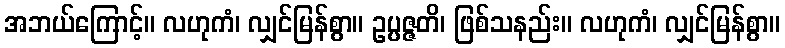
အဘယ်ကြောင့်။ လဟုကံ၊ လျှင်မြန်စွာ။ ဥပ္ပဇ္ဇတိ၊ ဖြစ်သနည်း။ လဟုကံ၊ လျှင်မြန်စွာ။